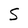
Character: S